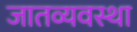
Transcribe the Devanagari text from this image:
जातव्यवस्था